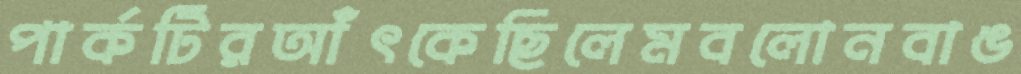
পার্কটিরআঁৎকেছিলেমবলোনবাঙ